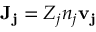
\mathbf { J _ { j } } = Z _ { j } n _ { j } \mathbf { v _ { j } }